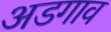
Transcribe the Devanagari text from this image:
अडगाव